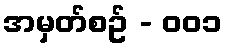
အမှတ်စဥ် - ၀၀၁